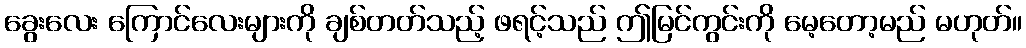
ခွေးလေး ကြောင်လေးများကို ချစ်တတ်သည့် ဖရင့်သည် ဤမြင်ကွင်းကို မေ့တော့မည် မဟုတ်။